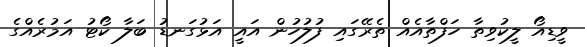
ވީޑިއޯ ލީކުވިތާ ހަފްތާއެއް ތެރޭގައި ފުލުހުން އައީ އަޅުގަނޑު ބަލާ ކޯޓު އަމުރެއްގެ